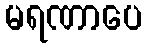
မရဏာပေ